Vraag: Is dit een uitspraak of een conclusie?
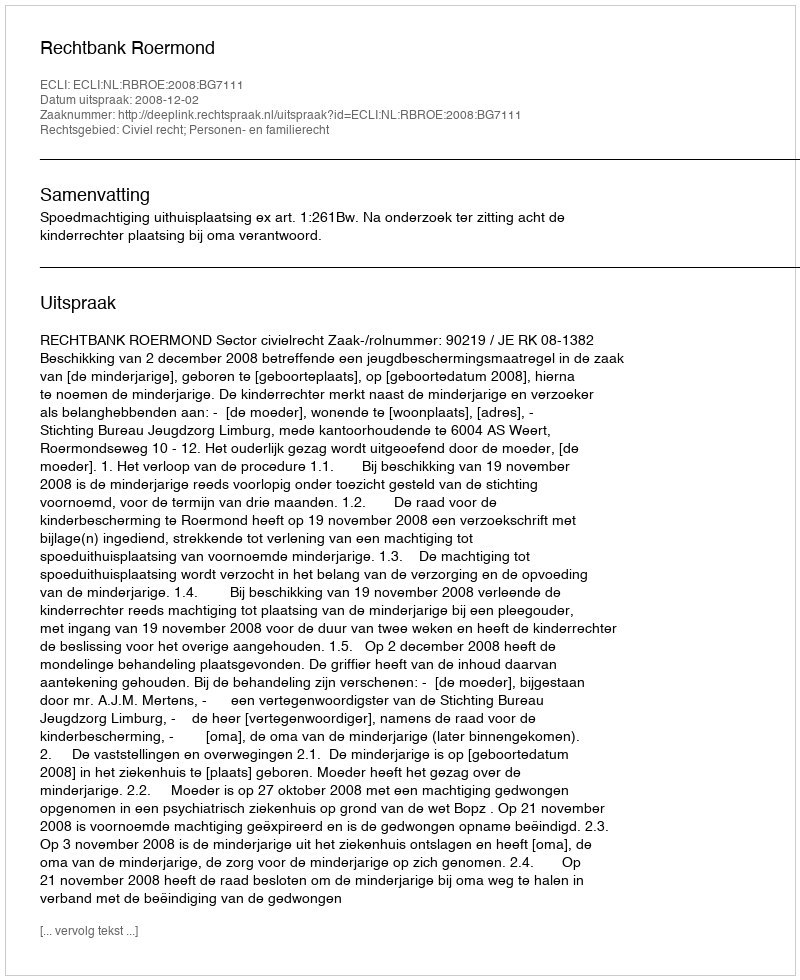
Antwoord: Uitspraak